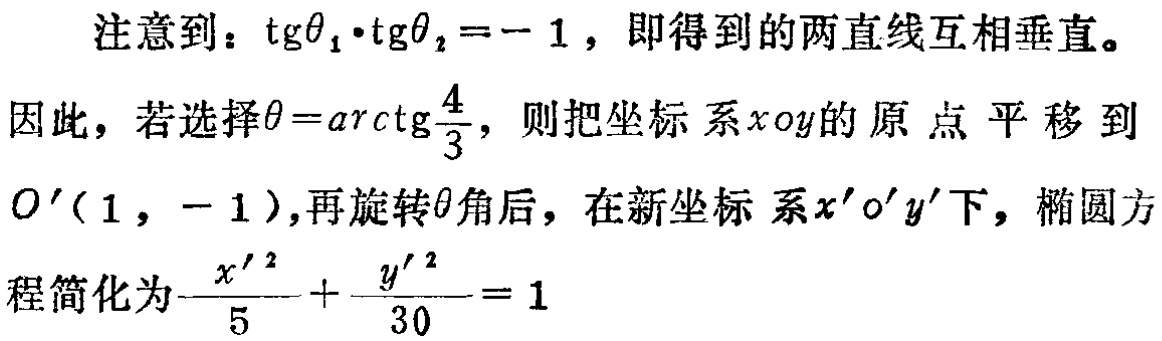
注意到：\(\mathrm{tg}\theta_{1}\cdot\mathrm{tg}\theta_{2} = - 1\)，即得到的两直线互相垂直。
因此，若选择\(\theta = \mathrm{arctg}\frac{4}{3}\)，则把坐标系\(xoy\)的原点平移到\(O'(1,-1)\)，再旋转\(\theta\)角后，在新坐标系\(x'o'y'\)下，椭圆方程简化为\(\frac{x'^{2}}{5}+\frac{y'^{2}}{30}=1\)